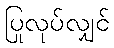
ပြုလုပ်လျှင်